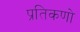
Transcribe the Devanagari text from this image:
प्रतिकणो